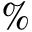
\%